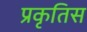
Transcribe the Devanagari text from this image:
प्रकृतिस